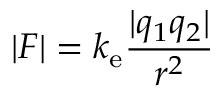
| F | = k _ { \mathrm { e } } { \frac { | q _ { 1 } q _ { 2 } | } { r ^ { 2 } } }